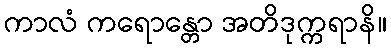
ကာလံ ကရောန္တော အတိဒုက္ကရာနိ။